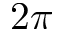
2 \pi